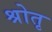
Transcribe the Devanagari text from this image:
श्रोतृ